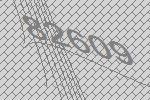
82609